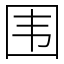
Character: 围